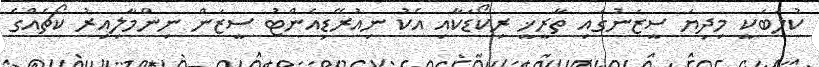
ކުލަބަކީ މިދިޔަ ސީޒަނުގައި ތާރީޚީ ރިކޯޑަކާއި އެކު ނިއުރޭޑިއެންޓު ސީޒަން ނިންމާލިއިރު ކޯޗެއްގެ